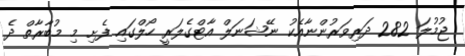
ޖުމުލަ 282 ދަރިވަރުންނާއެކު ނޭޝަނަލް އާޓްގެލަރީ ހޯލްގައި ފެށި މި މުބާރާތް ދެ